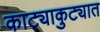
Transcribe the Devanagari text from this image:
काट्याकुट्यात